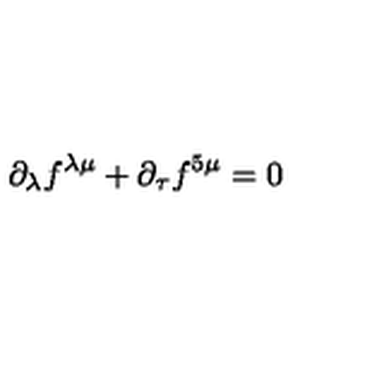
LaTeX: \partial _ { \lambda } f ^ { \lambda \mu } + \partial _ { \tau } f ^ { 5 \mu } = 0